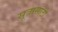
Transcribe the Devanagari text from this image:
सूत्रासाठी